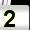
Digit: 2